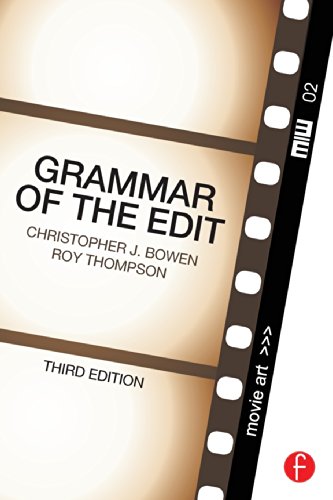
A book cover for Grammar of the Edit; Christopher J. Bowen; Humor & Entertainment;